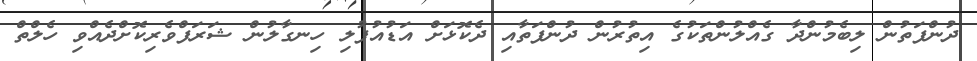
ދުންފަތުން ލިބެމުންދާ ގެއްލުންތަކުގެ އިތުރުން ދުންފަތާއި ދެކޮޅަށް އަޑުއުފުލި ހިނގާލުން ޝަރަފްވެރިކޮށްދެއްވި ހެލްތް